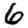
Digit: 6